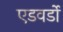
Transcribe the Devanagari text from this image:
एडवर्डो